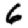
Digit: 6